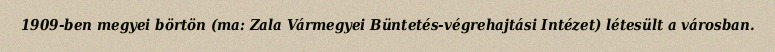
1909-ben megyei börtön (ma: Zala Vármegyei Büntetés-végrehajtási Intézet) létesült a városban.